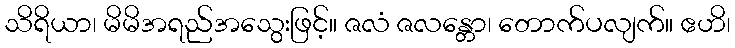
သိရိယာ၊ မိမိအရည်အသွေးဖြင့်။ ဇလံ ဇလန္တော၊ တောက်ပလျက်။ ဧဟိ၊